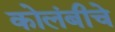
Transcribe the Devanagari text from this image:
कोलंबीचे